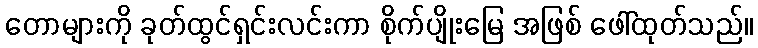
တောများကို ခုတ်ထွင်ရှင်းလင်းကာ စိုက်ပျိုးမြေ အဖြစ် ဖေါ်ထုတ်သည်။